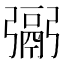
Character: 䰜